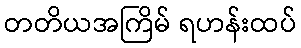
တတိယအကြိမ် ရဟန်းထပ်